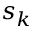
s _ { k }